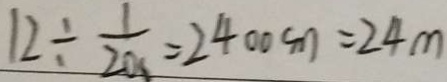
1 2 \div \frac { 1 } { 2 0 s } = 2 4 0 0 c m = 2 4 m